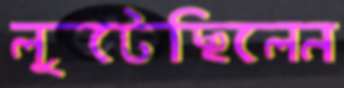
লুটেছিলেন